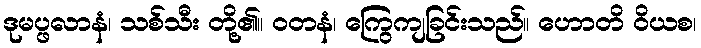
ဒုမပ္ဖလာနံ၊ သစ်သီး တို့၏။ ဝတနံ၊ ကြွေကျခြင်းသည်။ ဟောတိ ဝိယစ၊